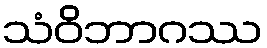
သံဝိဘာဂဿ